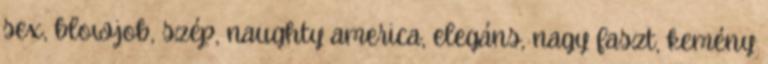
sex, blowjob, szép, naughty america, elegáns, nagy faszt, kemény